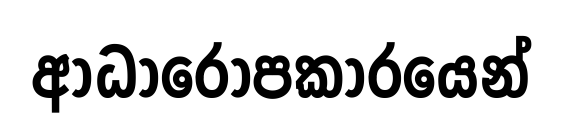
ආධාරෝපකාරයෙන්